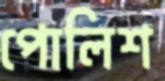
পোলিশ